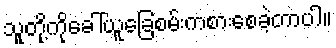
သူတို့ကိုခေါ်ယူခြေစမ်းကစားစေခဲ့တာပါ။